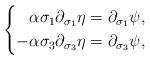
LaTeX: \begin{align*}\left\{ \begin{aligned}\alpha \sigma_1 \partial_{\sigma_1} \eta = \partial_{\sigma_1} \psi, \\- \alpha \sigma_3 \partial_{\sigma_3} \eta = \partial_{\sigma_3} \psi, \end{aligned} \right.\end{align*}